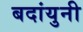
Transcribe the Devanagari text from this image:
बदांयुनी